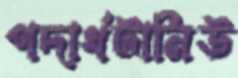
পদার্থটানিউ